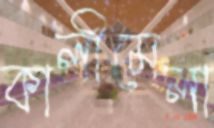
কালীমেলা